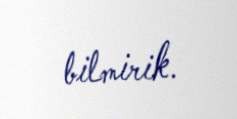
bilmirik.